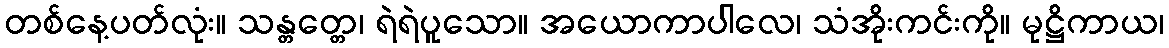
တစ်နေ့ပတ်လုံး။ သန္တတ္တေ၊ ရဲရဲပူသော။ အယောကာပါလေ၊ သံအိုးကင်းကို။ မုဋ္ဌိကာယ၊